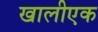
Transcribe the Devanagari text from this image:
खालीएक